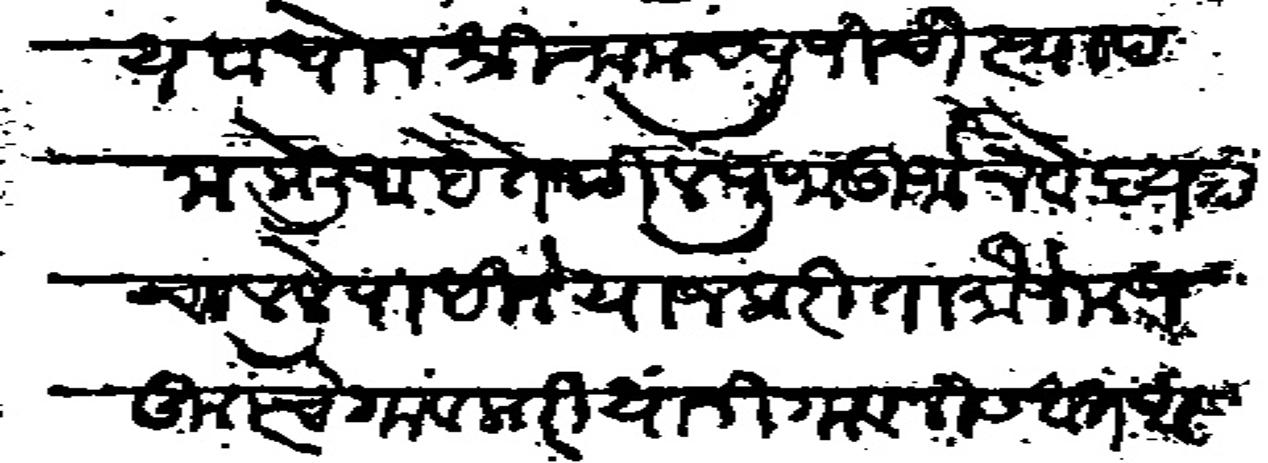
Transliteration (Devanagari): देवालय बांधोन श्री रामचंद्रजीची स्थापना केली आहे तेथील पूजा अर्चा नेवेदय चालीले पाहिजे याजकरीता मौजे मजकूरचे गावकरी यांनी गाव निसबत आपल्यास